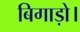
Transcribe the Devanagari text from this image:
बिगाड़ो।